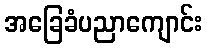
အခြေခံပညာကျောင်း